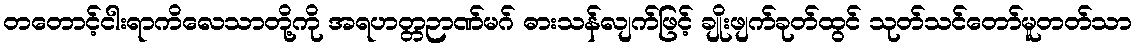
တတောင့်ငါးရာကိလေသာတို့ကို အရဟတ္တဉာဏ်မဂ် ဓားသန်လျက်ဖြင့် ချိုးဖျက်ခုတ်ထွင် သုတ်သင်တော်မူတတ်သာ